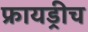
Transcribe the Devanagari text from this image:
फ्रायड्रीच